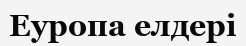
Еуропа елдері